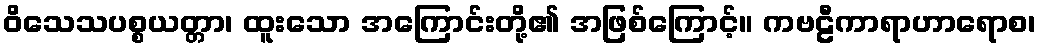
ဝိသေသပစ္စယတ္တာ၊ ထူးသော အကြောင်းတို့၏ အဖြစ်ကြောင့်။ ကဗဠီကာရာဟာရောစ၊